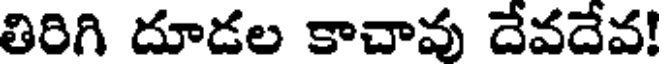
తిరిగి దూడల కాచావు దేవదేవ!